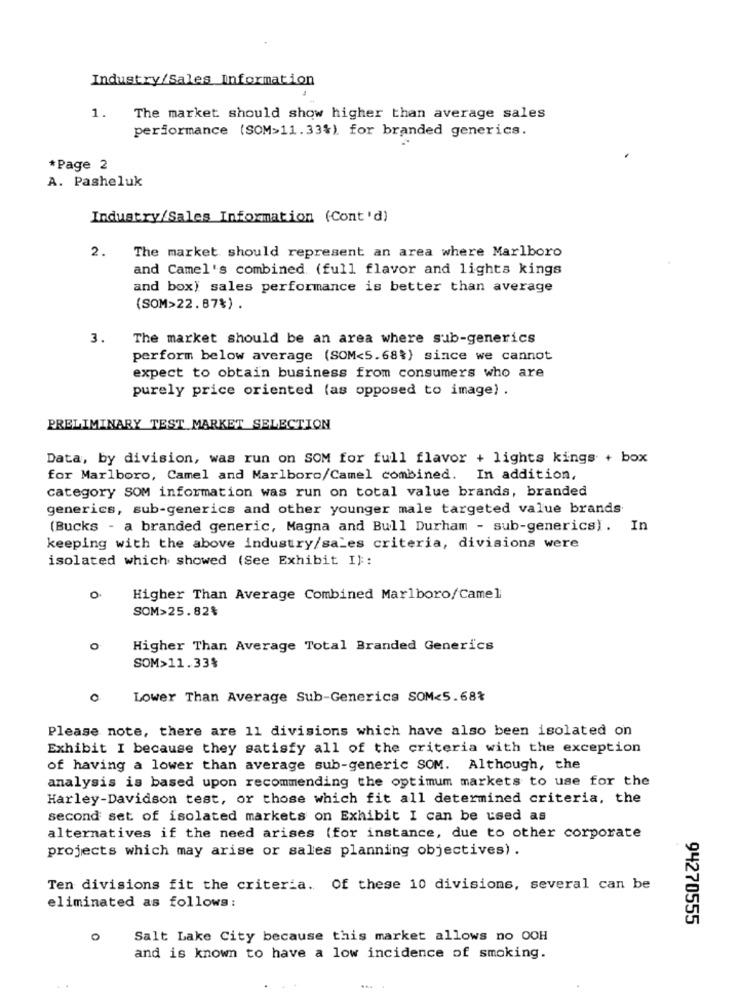
Industry/Sales Information
1.
The market should show higher than average sales
performance (SOM>11.33%). for branded generics.
*Page 2
A. Pasheluk
Industry/Sales Information (Cont'd)
2.
The market should represent an area where Marlboro
and Camel's combined. (full flavor and lights kings
and box) sales performance is better than average
(SOM>22.87%) .
3.
The market should be an area where sub-generics
perform below average (SOM<5.68%) since we cannot
expect to obtain business from consumers who are
purely price oriented (as opposed to image) .
PRELIMINARY TEST MARKET SELECTION
Data, by division, was run on SOM for full flavor + lights kings + box
for Marlboro, Camel and Marlboro/Camel combined. In addition,
category SOM information was run on total value brands, branded
generics, sub-generics and other younger male targeted value brands
(Bucks - a branded generic, Magna and Bull Durham - sub-generics). In
keeping with the above industry/sales criteria, divisions were
isolated which showed (See Exhibit I) ::
Higher Than Average Combined Marlboro/Camel
SOM>25.82%
Higher Than Average Total Branded Generics
SOM>11.33%
Lower Than Average Sub-Generica SOM<5.68%
Please note, there are 11 divisions which have also been isolated on
Exhibit I because they satisfy all of the criteria with the exception
of having a lower than average sub-generic SOM. Although, the
analysis is based upon recommending the optimum markets to use for the
Harley-Davidson test, or those which fit all determined criteria, the
second set of isolated markets on Exhibit I can be used as
alternatives if the need arises (for instance, due to other corporate
projects which may arise or sales planning objectives) .
Ten divisions fit the criteria. Of these 10 divisions, several can be
eliminated as follows:
94270555
o
Salt Lake City because this market allows no OOH
and is known to have a low incidence of smoking.